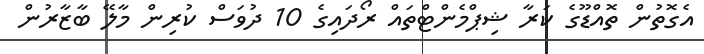
އެގޮތުން ތޮއްޑޫގެ ކަރާ ޝިޕްމެންޓްތައް ރޯދައިގެ 10 ދުވަސް ކުރިން މާލޭ ބާޒާރުން